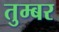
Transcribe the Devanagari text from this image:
तुम्बर